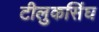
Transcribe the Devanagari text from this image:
टीलुकसिंघ